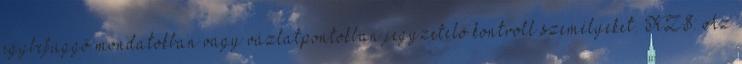
egybefüggő mondatokban vagy vázlatpontokban jegyzetelő kontroll személyeket. KZS: Az